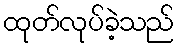
ထုတ်လုပ်ခဲ့သည်